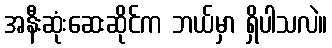
အနီးဆုံးဆေးဆိုင်က ဘယ်မှာ ရှိပါသလဲ။